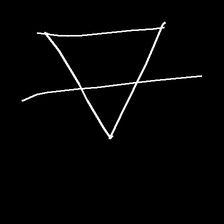
Glyph: empower